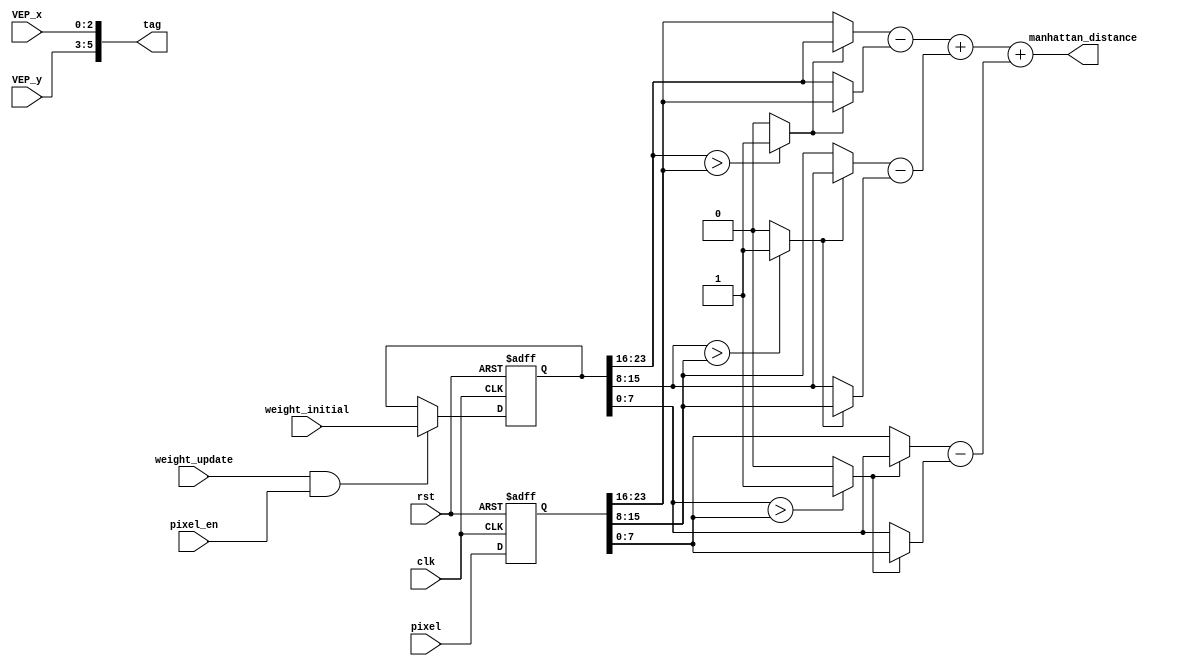
/*
* Hint
sigal explanation:
1.  clk                	: This is a positive edge-triggered clock signal.
2.  rst                	: This is a reset signal.
3.  VEP_x              	: The x-coordinate of this VEP.
4.  VEP_y              	: The y-coordinate of this VEP.
5.  pixel              	: Same as RAM_IF_Q, includes {R, G, B} channels with 8 bits in each channel.
6.  weight_initial    	: The initial codebook value read from RAM_W.
7.  weight_update     	: A write enable signal from the controller that tells the read data(codebook) from RAM_W for which VEP should write.
8.  tag					: output the tag of the codebook(weight) stored in this VEP (tag = {y, x})
9.  manhattan_distance 	: For example, the Manhattan distance between (125, 80, 27) and (110, 70, 34) is |125-110|+|80-70|+|27-34|=32.

*/

module VEP(
  input              clk,
  input              rst,
  input  [2:0] VEP_x,
  input  [2:0] VEP_y,
  /*input  [      2:0] winner_VEP_x,
  input  [      2:0] winner_VEP_y,*/
  input	pixel_en,//self_add
  input  [8*3 - 1:0] pixel,
  input  [8*3 - 1:0] weight_initial,
  input              weight_update,
  //output reg [8*3 - 1:0] weight,
  output reg [5:0]  tag,
  output reg [9:0] manhattan_distance//manhattan distance, add 2 extension bits to prevent overflow
);

reg [23:0]weight;
reg [23:0]input_pixel;

wire rbig;
wire gbig;
wire bbig;
wire [23:0] tmp_weight;
wire [7:0] minus_r;
wire [7:0] minus_b;
wire [7:0] minus_g;

wire [7:0] front_r;
wire [7:0] back_r;

wire [7:0] front_b;
wire [7:0] back_b;

wire [7:0] front_g;
wire [7:0] back_g;


always @(posedge clk or posedge rst) begin
	if(rst)begin
		weight <= 24'b0;
	end
	else if ((weight_update)&&(pixel_en)) begin
		weight <= weight_initial;
	end
	else begin
		weight <= weight;
	end
end

always @(posedge clk or posedge rst) begin
	if(rst)begin
		input_pixel <= 24'b0;
	end
	else  begin
		input_pixel <= pixel;	
	end
end

assign tmp_weight = weight;
assign rbig = (tmp_weight[23:16]>input_pixel[23:16]) ? 1'b1 : 1'b0;
assign gbig = (tmp_weight[15:8]>input_pixel[15:8]) ? 1'b1 : 1'b0;
assign bbig = (tmp_weight[7:0]>input_pixel[7:0]) ? 1'b1 : 1'b0;

assign minus_r = front_r - back_r;
assign front_r = (rbig) ? tmp_weight[23:16]:input_pixel[23:16];
assign back_r = (rbig) ? input_pixel[23:16]:tmp_weight[23:16];

assign minus_g = front_g - back_g;
assign front_g = (gbig) ? tmp_weight[15:8]:input_pixel[15:8];
assign back_g = (gbig) ? input_pixel[15:8]:tmp_weight[15:8];

assign minus_b = front_b - back_b;
assign front_b = (bbig) ? tmp_weight[7:0]:input_pixel[7:0];
assign back_b = (bbig) ? input_pixel[7:0]:tmp_weight[7:0];

always @(*)begin
	manhattan_distance = {{2'b0},minus_r}+{{2'b0},minus_g}+{{2'b0},minus_b};
end

always @(*)begin
	tag = {VEP_y,VEP_x};
end

endmodule